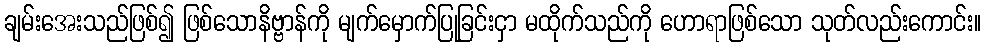
ချမ်းအေးသည်ဖြစ်၍ ဖြစ်သောနိဗ္ဗာန်ကို မျက်မှောက်ပြုခြင်းငှာ မထိုက်သည်ကို ဟောရာဖြစ်သော သုတ်လည်းကောင်း။